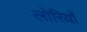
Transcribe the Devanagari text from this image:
लोरियाँ